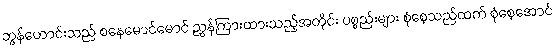
ဘွန်ဟောင်းသည် စနေမောင်မောင် ညွှန်ကြားထားသည့်အတိုင်း ပစ္စည်းများ စုံစေ့သည်ထက် စုံစေ့အောင်